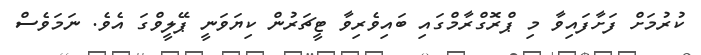
ކުރުމަށް ފަށާފައިވާ މި ޕްރޮގްރާމްގައި ބައިވެރިވާ ޓީޗަރުން ކިޔަވަނީ ޕޭލީވްގަ އެވެ. ނަަމަވެސް